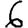
Digit: 6